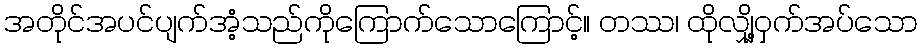
အတိုင်အပင်ပျက်အံ့သည်ကိုကြောက်သောကြောင့်။ တဿ၊ ထိုလျှို့ဝှက်အပ်သော